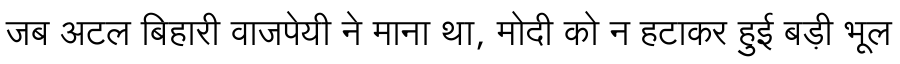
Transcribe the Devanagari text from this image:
जब अटल बिहारी वाजपेयी ने माना था, मोदी को न हटाकर हुई बड़ी भूल